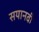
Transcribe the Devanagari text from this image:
सयानवी